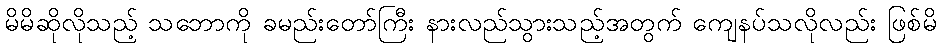
မိမိဆိုလိုသည့် သဘောကို ခမည်းတော်ကြီး နားလည်သွားသည့်အတွက် ကျေနပ်သလိုလည်း ဖြစ်မိ